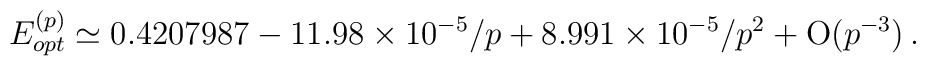
E_{opt}^{(p)}\simeq 0.4207987 -11.98\times 10^{-5}/p +8.991\times 10^{-5}/p^{2} + {\rm O}(p^{-3}) \,.